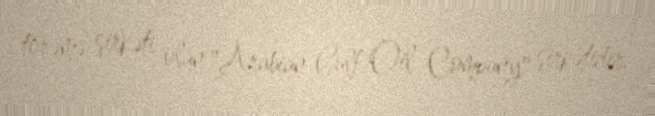
törəmə şirkəti olan "Arabian Gulf Oil Company" şirkətidir.